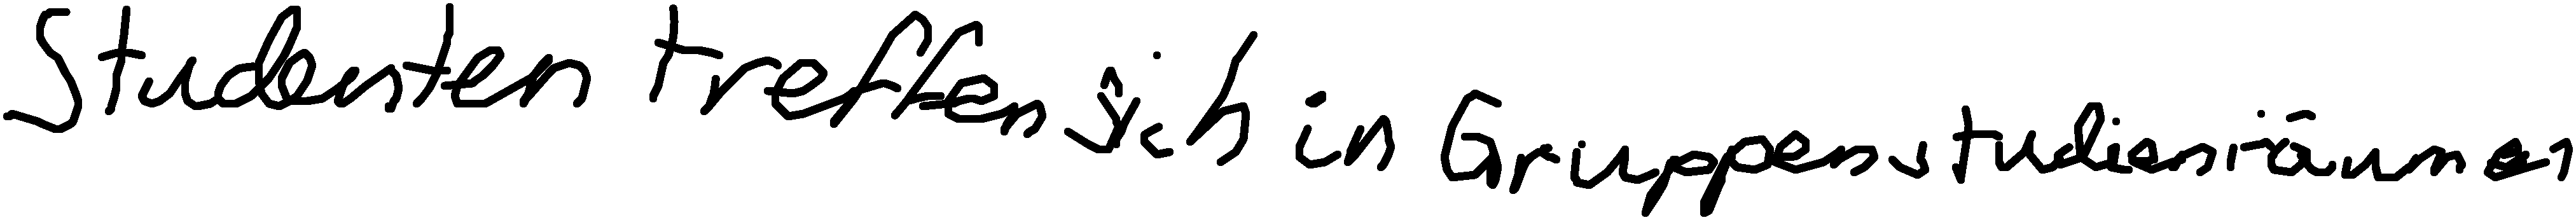
Studenten treffen sich in Gruppenstudienräumen.